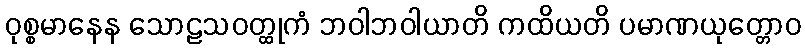
ဝုစ္စမာနေန သောဠသဝတ္ထုကံ ဘဝါဘဝါယာတိ ကထိယတိ ပမာဏယုတ္တောဝ